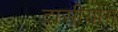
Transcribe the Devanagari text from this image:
दासीयोग